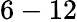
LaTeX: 6-12